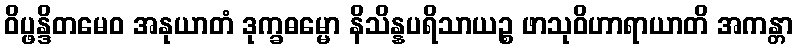
ဝိပ္ဖန္ဒိတမေဝ အနုယာတံ ဒုက္ခဓမ္မော နိသိန္နပရိသာယဉ္စ ဖာသုဝိဟာရာယာတိ အကန္တာ